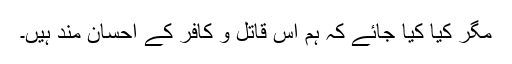
مگر کیا کیا جائے کہ ہم اس قاتل و کافر کے احسان مند ہیں۔